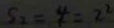
S _ { 2 } = 4 = 2 ^ { 2 }